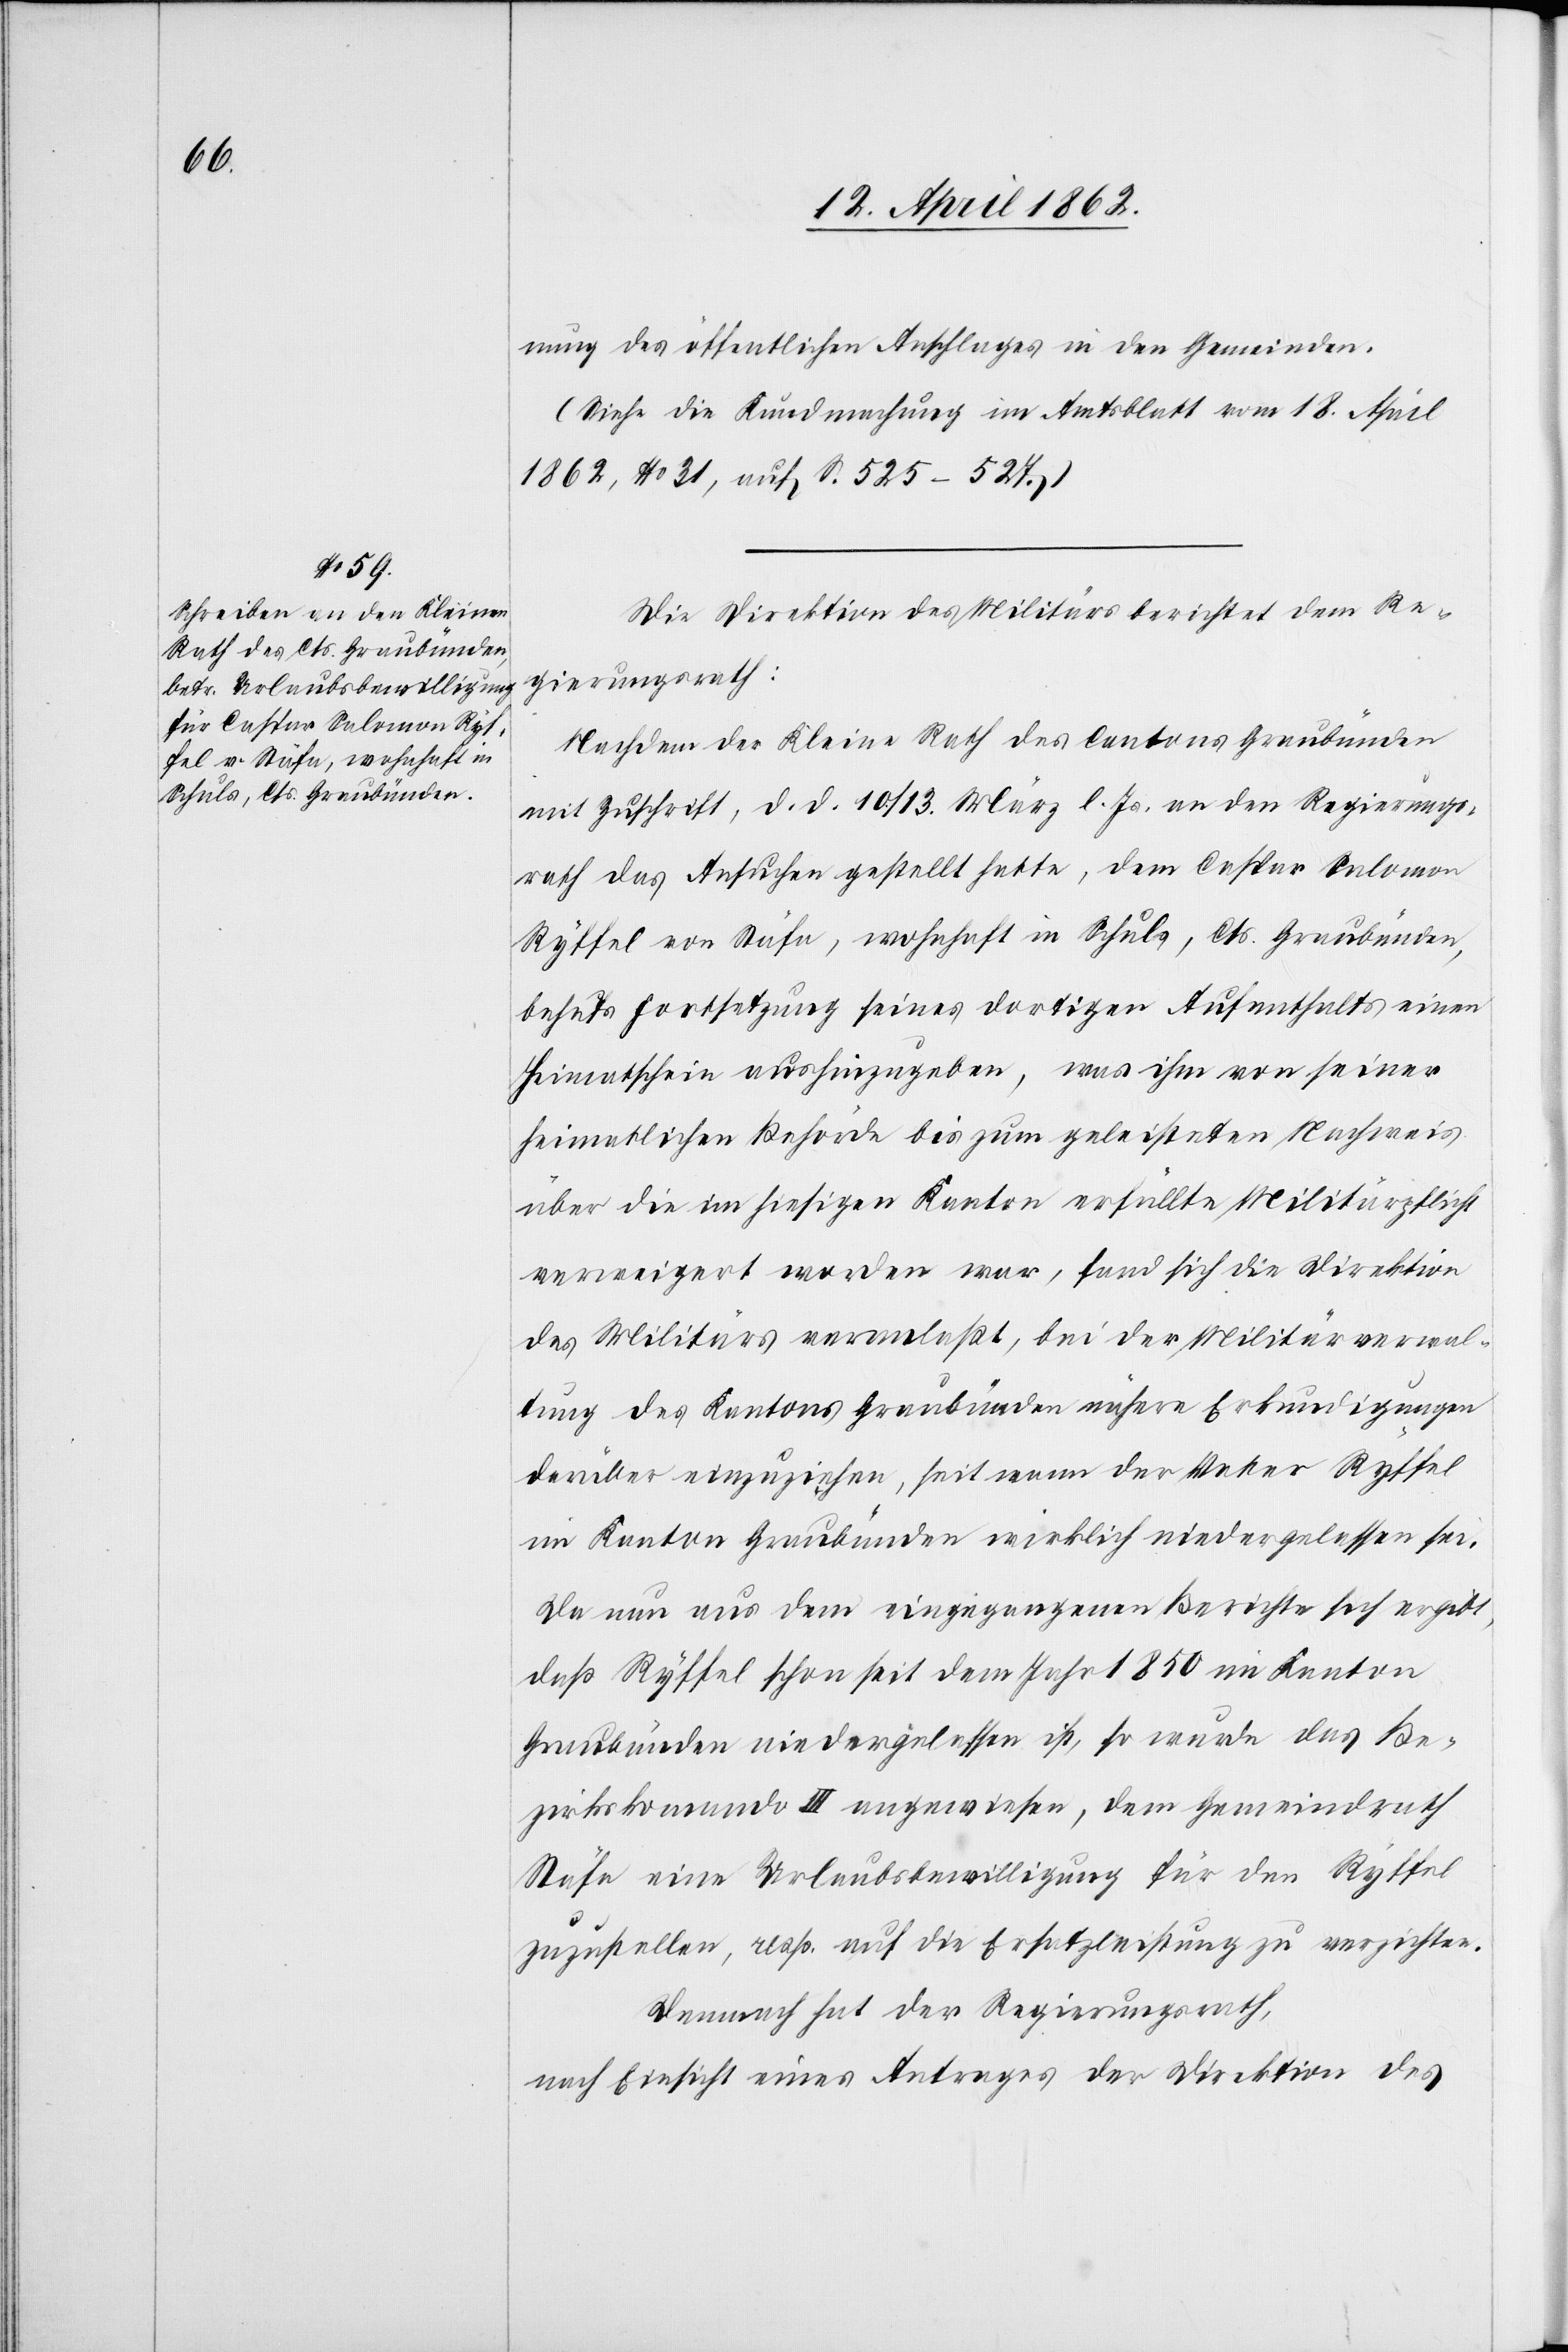
nung des öffentlichen Anschlages in den Gemeinden.
(Siehe die Kundmachung im Amtsblatt vom 18. April
1862, No. 31, auf S. 525–527.)
Die Direktion des Militärs berichtet dem Re¬
gierungsrath:
Nachdem der Kleine Rath des Cantons Graubünden
mit Zuschrift, d. d. 10/13. März l. Js. an den Regierungs¬
rath das Ansuchen gestellt hatte, dem Caspar Salomon
Ryffel von Stäfa, wohnhaft in Schuls, Cts. Graubünden,
behufs Fortsetzung seines dortigen Aufenthalts einen
Heimatschein aushinzugeben, was ihm von seiner
heimatlichen Behörde bis zum geleisteten Nachweis
über die im hiesigen Kanton erfüllte Militärpflicht
verweigert worden war, fand sich die Direktion
des Militärs veranlaßt, bei der Militärverwal¬
tung des Kantons Graubünden nähere Erkundigungen
darüber einzuziehen, seit wann der Vater Ryffel
im Kanton Graubünden wirklich niedergelassen sei.
Da nun aus dem eingegangenen Berichte sich ergibt,
daß Ryfel schon seit dem Jahr 1850 im Kanton
Graubünden niedergelassen ist, so wurde das Be¬
zirkskommando III angewiesen, dem Gemeindrath
Stäfa eine Urlaubsbewilligung für den Ryffel
zuzustellen, resp. auf die Ersatzleistung zu verzichten .
Demnach hat der Regierungsrath,
nach Einsicht eines Antrages der Direktion des